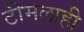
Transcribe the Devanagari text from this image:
टीमलाही